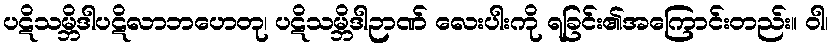
ပဋိသမ္ဘိဒါပဋိလာဘဟေတု၊ ပဋိသမ္ဘိဒါဉာဏ် လေးပါးကို ရခြင်း၏အကြောင်းတည်း။ ဝါ၊